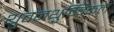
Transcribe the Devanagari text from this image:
थुवनथुम्बिकल